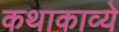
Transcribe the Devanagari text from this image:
कथाकाव्ये